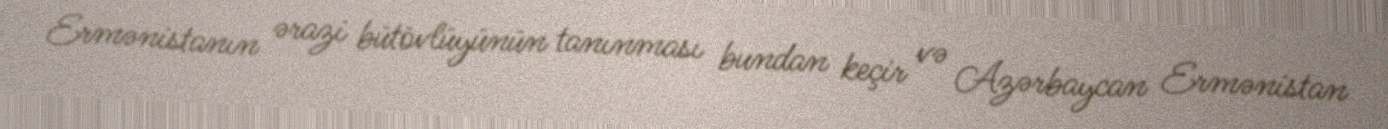
Ermənistanın ərazi bütövlüyünün tanınması bundan keçir və Azərbaycan Ermənistan